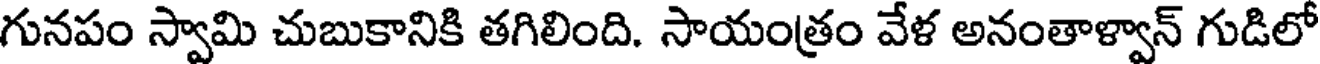
గునపం స్వామి చుబుకానికి తగిలింది. సాయంత్రం వేళ అనంతాళ్వాన్ గుడిలో